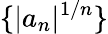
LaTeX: \{ |a_{n}|^{1/n}\}